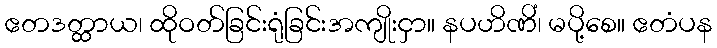
ဧတဒတ္ထာယ၊ ထိုဝတ်ခြင်းရုံခြင်းအကျိုးငှာ။ နပဟိဏိံ၊ မပို့စေ။ ဧတံပန